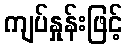
ကျပ်နှုန်းဖြင့်